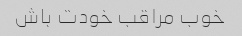
خوب مراقب خودت باش